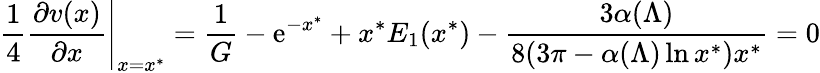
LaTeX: {\frac{1}{4}}{\frac{\partial v(x)}{\partial x}}\Bigg\vert_{x=x^{*}}={\frac{1}{G}}-{\mathrm{e}}^{-x^{*}}+x^{*}E_{1}(x^{*})-{\frac{3\alpha(\Lambda)}{8(3\pi-\alpha(\Lambda)\ln x^{*})x^{*}}}=0